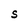
Character: S